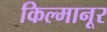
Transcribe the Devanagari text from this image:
किल्मानूर